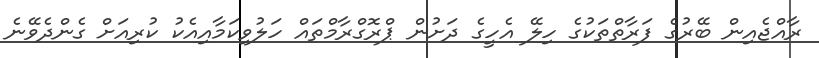
ރާއްޖެއިން ބޭރުގެ ފަރާތްތަކުގެ ހިލޭ އެހީގެ ދަށުން ޕްރޮގްރާމްތައް ހަލުވިކަމާއިއެކު ކުރިއަށް ގެންދެވޭނެ